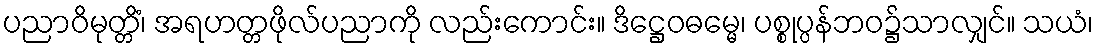
ပညာဝိမုတ္တိံ၊ အရဟတ္တဖိုလ်ပညာကို လည်းကောင်း။ ဒိဋ္ဌေဝဓမ္မေ၊ ပစ္စုပ္ပန်ဘဝ၌သာလျှင်။ သယံ၊